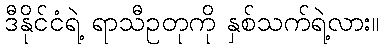
ဒီနိုင်ငံရဲ့ ရာသီဥတုကို နှစ်သက်ရဲ့လား။